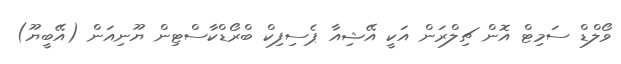
ވޯލްޑް ސަމިޓް އޮން ޗިލްރަން އަކީ އޭޝިއާ ޕެސިފިކް ބްރޯޑްކާސްޓިން ޔޫނިއަން (އޭބީޔޫ)